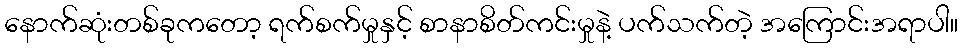
နောက်ဆုံးတစ်ခုကတော့ ရက်စက်မှုနှင့် စာနာစိတ်ကင်းမှုနဲ့ ပက်သက်တဲ့ အကြောင်းအရာပါ။